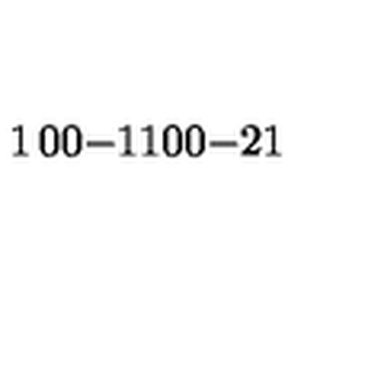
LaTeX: \begin{matrix} { 1 } & { 0 } & { 0 } \\ { - 1 } & { 1 } & { 0 } \\ { 0 } & { - 2 } & { 1 } \\ \end{matrix}